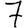
Digit: 7